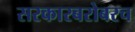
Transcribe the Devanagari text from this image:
सरकारबरोबरच